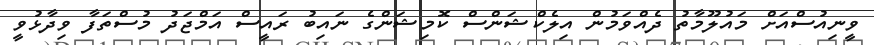
ވީނިއުސްއަށް މައުލޫމާތު ދެއްވަމުން އިލެކްޝަންސް ކޮމިޝަންގެ ނައިބު ރައީސް އަމްޖަދު މުސްތަފާ ވިދާޅުވީ